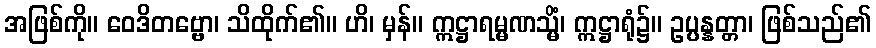
အဖြစ်ကို။ ဝေဒိတဗ္ဗော၊ သိထိုက်၏။ ဟိ၊ မှန်။ ဣဋ္ဌာရမ္မဏသ္မိံ၊ ဣဋ္ဌာရုံ၌။ ဥပ္ပန္နတ္တာ၊ ဖြစ်သည်၏